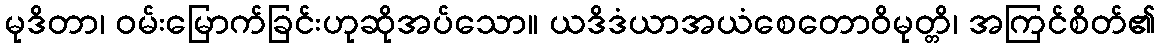
မုဒိတာ၊ ဝမ်းမြောက်ခြင်းဟုဆိုအပ်သော။ ယဒိဒံယာအယံစေတောဝိမုတ္တိ၊ အကြင်စိတ်၏